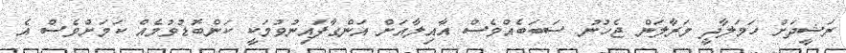
ރަޝީދަށް ހަމަލާދީ މަރާލަން ޖެހުނު ސަަބަބެއްވެސް އާއިލާއަށް އަންގާފައިނުވުމަކީ ކަންބޮޑުުވުމެއް ކަމަށްވެސް އެ